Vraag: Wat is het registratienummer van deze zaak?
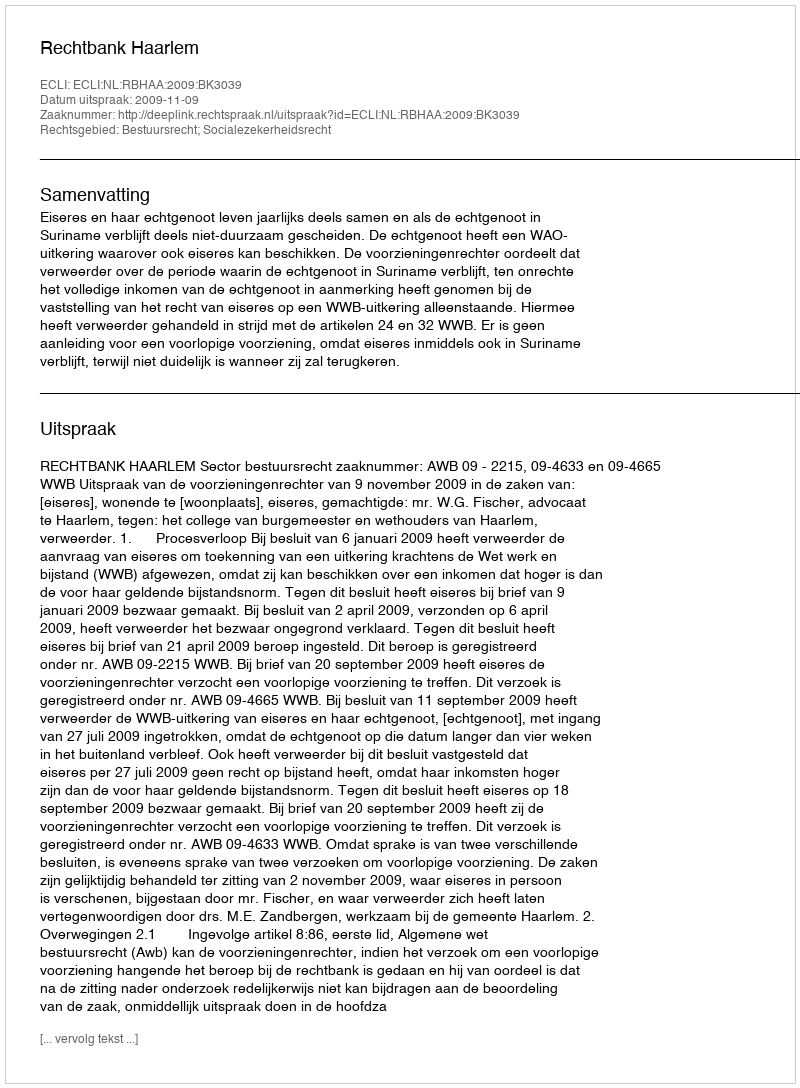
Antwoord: http://deeplink.rechtspraak.nl/uitspraak?id=ECLI:NL:RBHAA:2009:BK3039